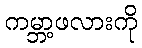
ကမ္ဘာ့ဖလားကို